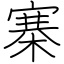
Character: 寨